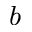
^ \textit { b }